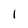
Character: 1